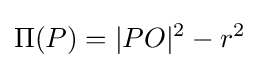
\Pi (P)=|PO|^{2}-r^{2}